Report of the veterinary officer investigating camel disease
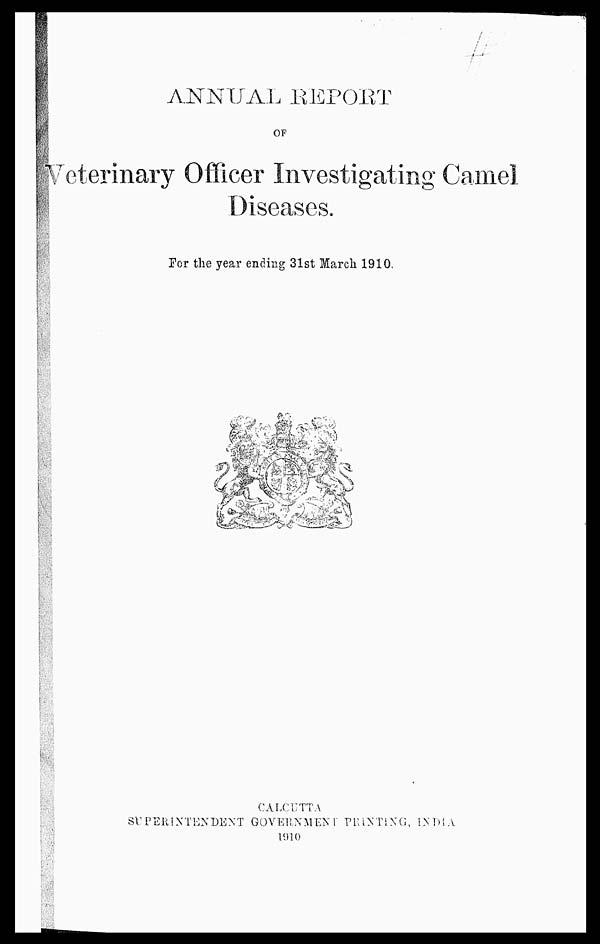
ANNUAL REPORT
OF
Veterinary Officer Investigating Camel
Diseases.
For the year ending 31st March 1910
CALCUTTA
SUPERINTENDENT GOVERNMENT PRINTING, INDIA
1910